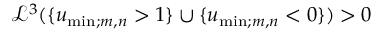
\mathcal L ^ { 3 } ( \{ u _ { \mathrm { m i n } ; m , n } > 1 \} \cup \{ u _ { \mathrm { m i n } ; m , n } < 0 \} ) > 0